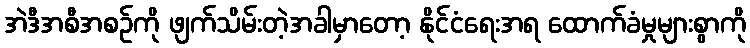
အဲဒီအစီအစဉ်ကို ဖျက်သိမ်းတဲ့အခါမှာတော့ နိုင်ငံရေးအရ ထောက်ခံမှုများစွာကို